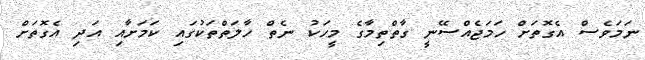
ނަމަވެސް އެގޮތަށް ހަމަޖެއްސޭނީ ގާތްތިމާގެ މީހަކު ނެތް ހާލަތްތަކުގައި ކަމަށާއި އަދި އެގޮތަށް